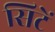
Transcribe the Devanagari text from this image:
सिटें